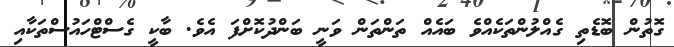
ގޮތުން ބޮޑެތި ގެއްލުންތަކެއްވެ ބައެއް ތަންތަން ވަނީ ބަންދުކޮށްފަ އެވެ. ބާކީ ގެސްޓްހައުސްތަކާއި